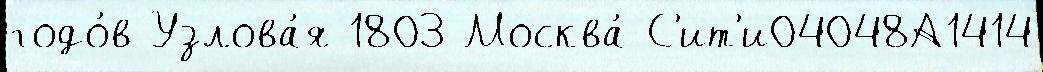
годо́в Узлова́я 1803 Москва́-С'ит'и04048А1414